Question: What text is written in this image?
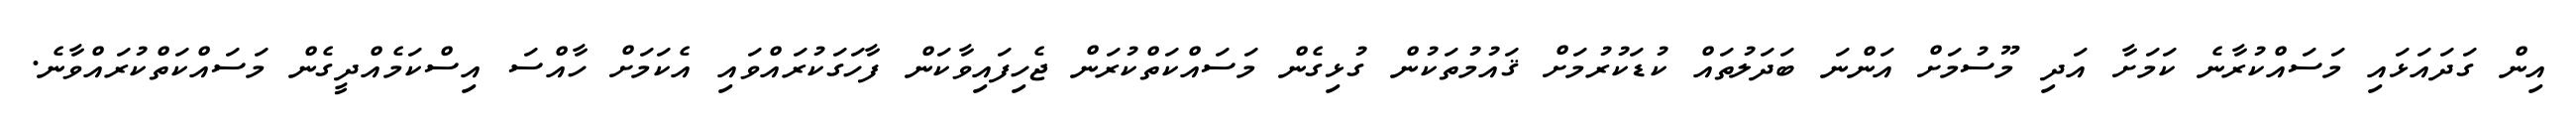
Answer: އިން ގަދައަޅައި މަސައްކުރާނެ ކަމަށާ އަދި މޫސުމަށް އަންނަ ބަދަލުތައް ކުޑަކުރުމަށް ޤައުމުތަކުން ގުޅިގެން މަސައްކަތްކުރަން ޖެހިފައިވާކަން ފާހަގަކުރައްވައި އެކަމަށް ހާއްސަ އިސްކަމެއްދީގެން މަސައްކަތްކުރައްވާނެ.